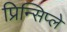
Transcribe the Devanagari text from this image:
प्रिन्सिप्ले